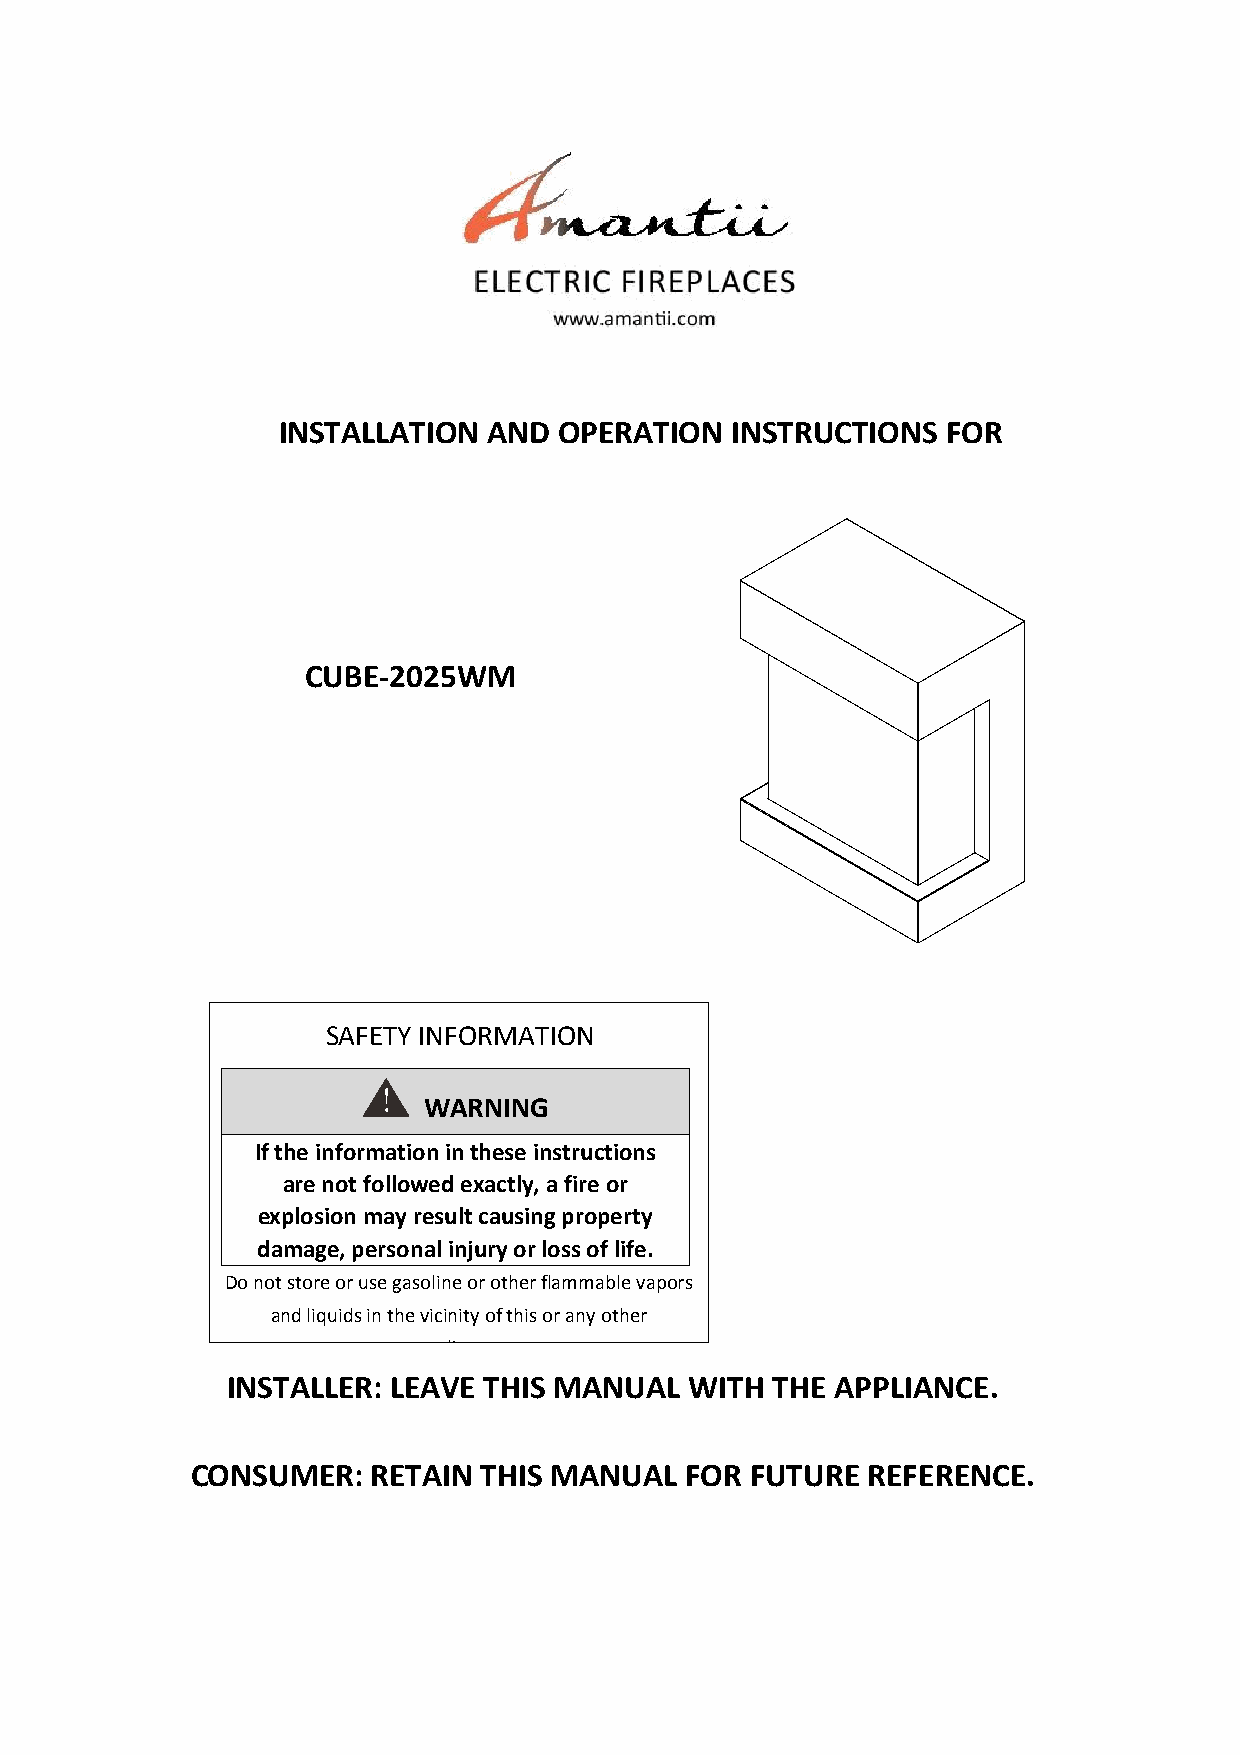
INSTALLATION  AND  OPERATION  INSTRUCTIONS   FOR
 CUBE-2025WM
 SAFETY INFORMATION
 WARNING
 If the information in these instructions
 are not followed exactly, a fire or
 explosion may result causing property
 damage, personal injury or loss of life.
 Do not store or use gasoline or other flammable vapors
 and liquids in the vicinity of this or any other
 appliance.
 INSTALLER: LEAVE THIS MANUAL   WITH THE APPLIANCE.
 CONSUMER:   RETAIN THIS MANUAL  FOR  FUTURE REFERENCE.